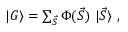
\begin{array} { r } { \mathinner { | { G } \rangle } = \sum _ { \vec { S } } \Phi ( \vec { S } ) \, \mathinner { | { \vec { S } } \rangle } \, , } \end{array}